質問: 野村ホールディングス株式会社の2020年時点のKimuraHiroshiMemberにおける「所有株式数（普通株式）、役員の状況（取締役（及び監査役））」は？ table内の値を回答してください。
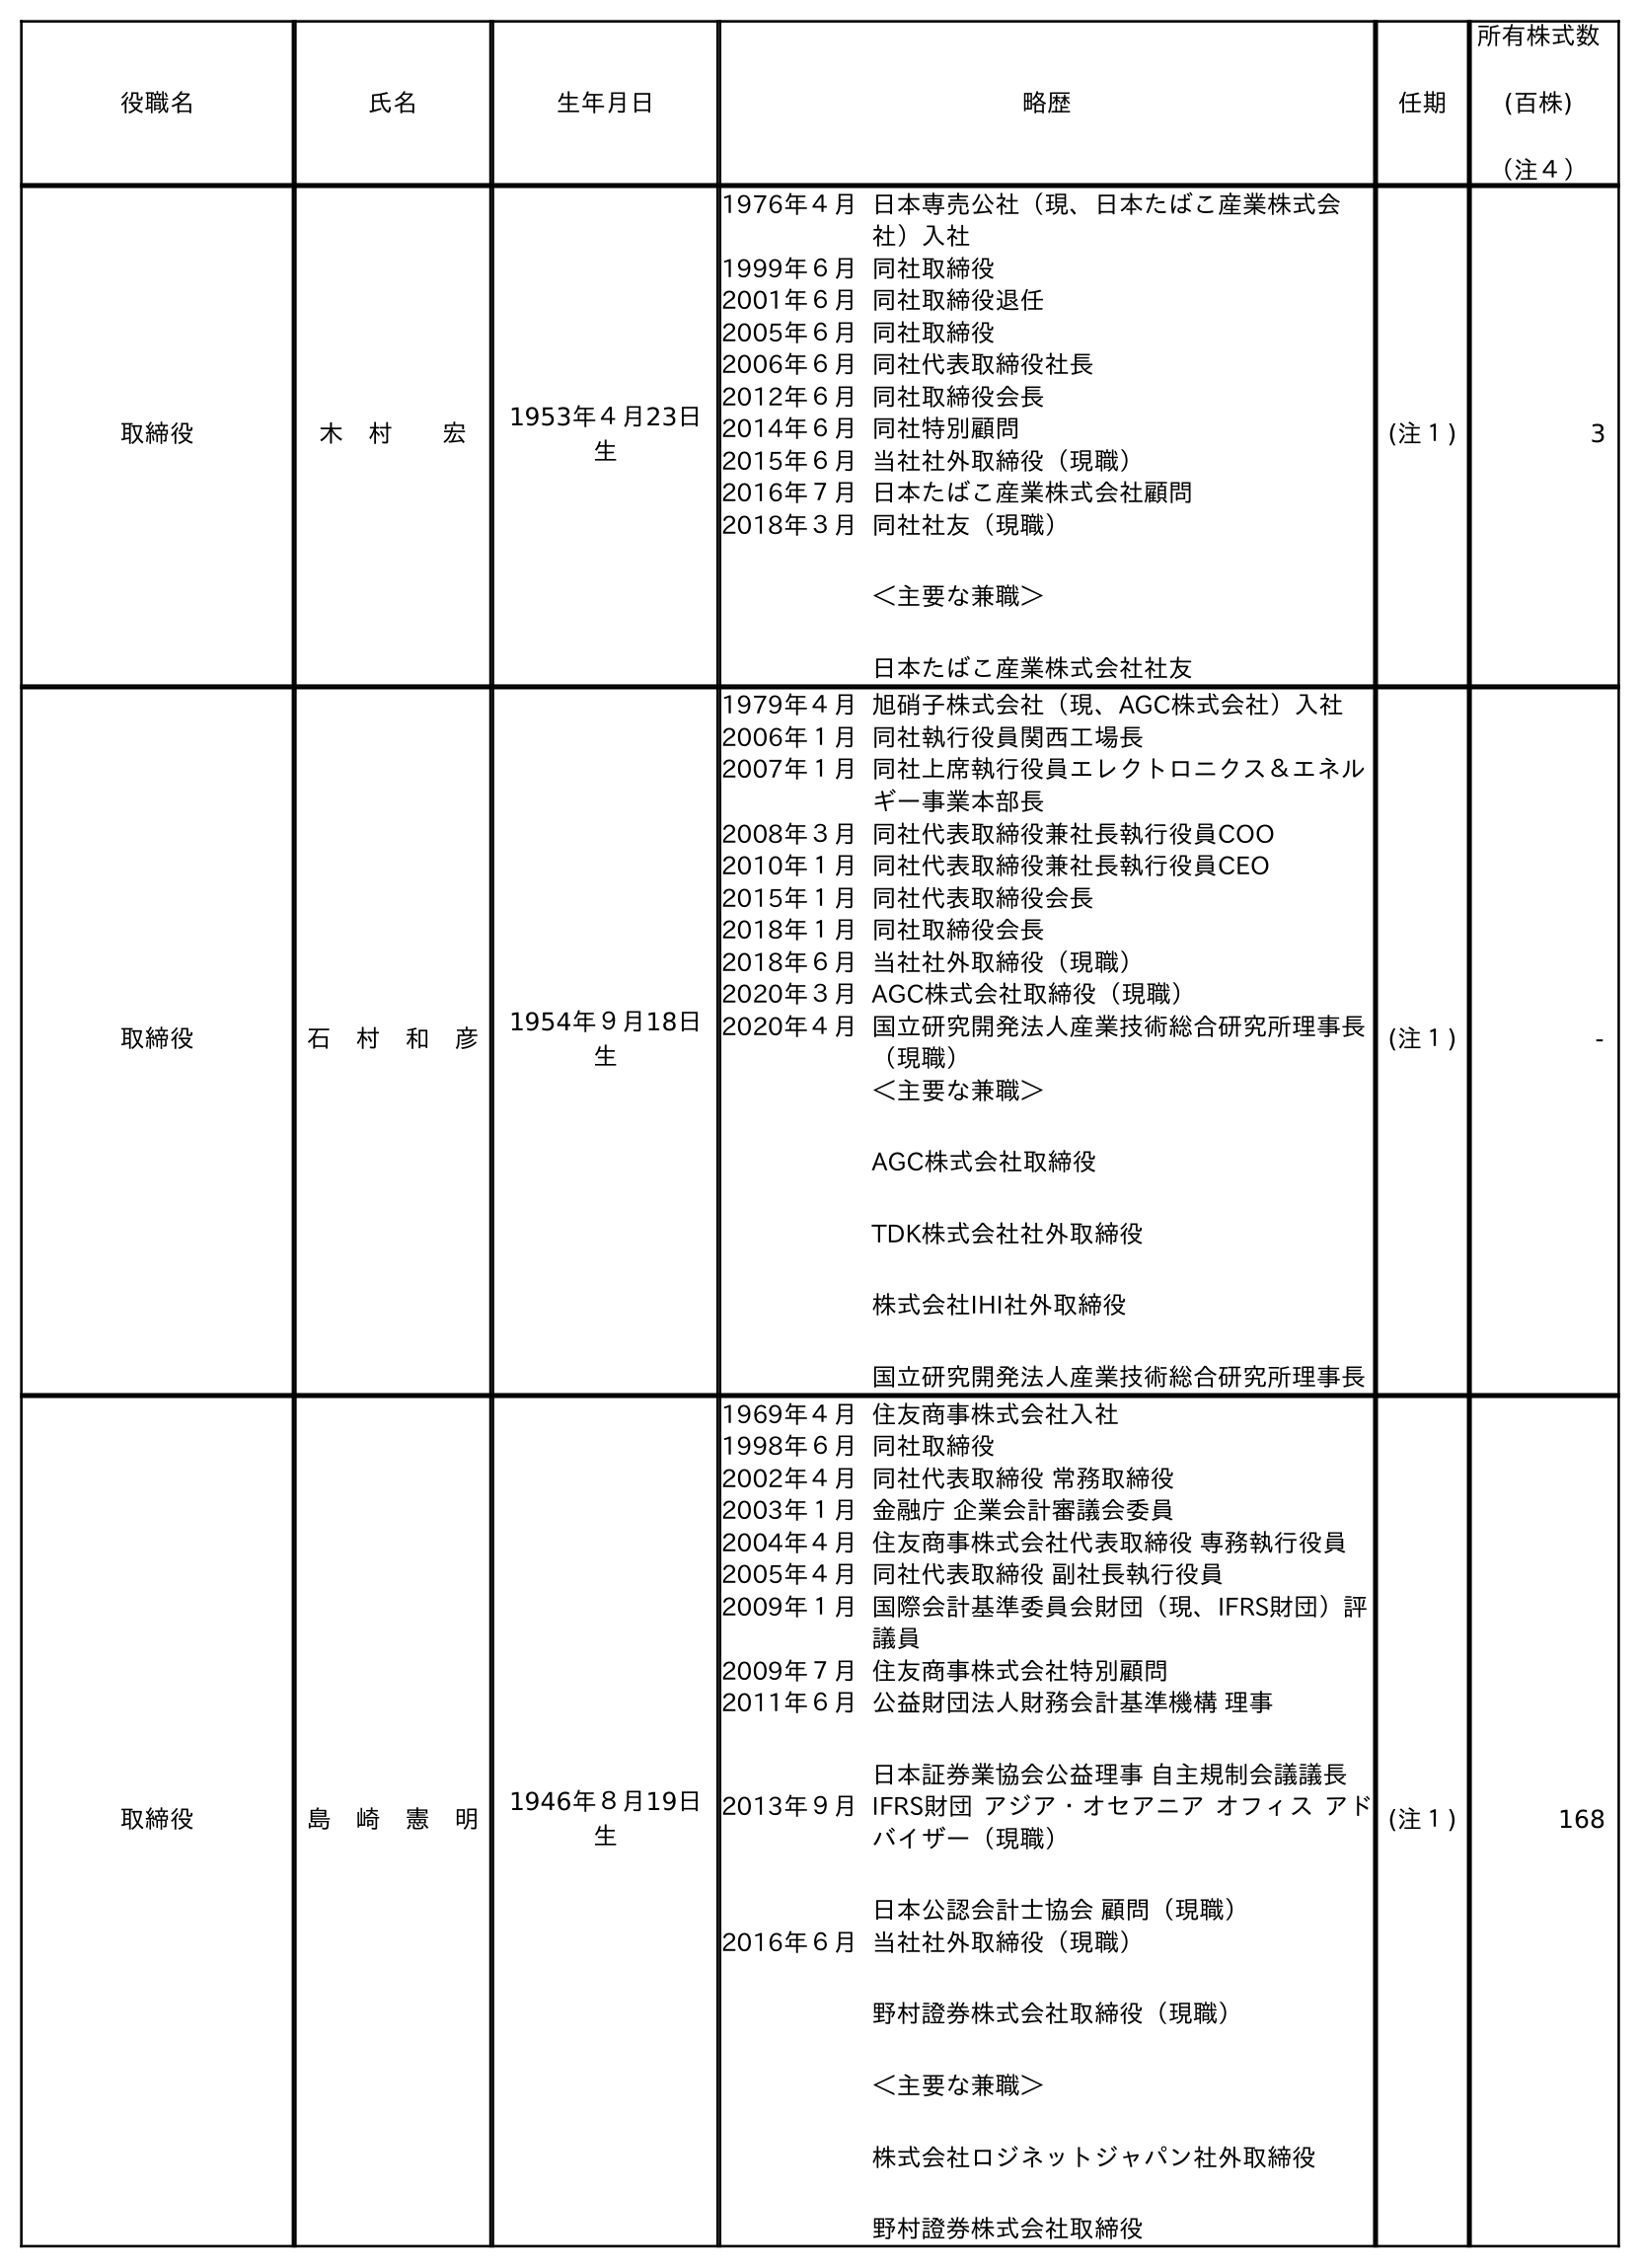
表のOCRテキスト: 役職名 氏名 生年月日 略歴 任期 所有株式数 (百株) （注４） 取締役 木 村  宏 1953年４月23日 生 1976年４月日本専売公社（現、日本たばこ産業株式会 社）入社 1999年６月同社取締役 2001年６月同社取締役退任 2005年６月同社取締役 2006年６月同社代表取締役社長 2012年６月同社取締役会長 2014年６月同社特別顧問 2015年６月当社社外取締役（現職） 2016年７月日本たばこ産業株式会社顧問 2018年３月同社社友（現職） ＜主要な兼職＞ 日本たばこ産業株式会社社友 (注１) 3 取締役 石 村 和 彦 1954年９月18日 生 1979年４月旭硝子株式会社（現、AGC株式会社）入社 2006年１月同社執行役員関西工場長 2007年１月同社上席執行役員エレクトロニクス＆エネル ギー事業本部長 2008年３月同社代表取締役兼社長執行役員COO 2010年１月同社代表取締役兼社長執行役員CEO 2015年１月同社代表取締役会長 2018年１月同社取締役会長 2018年６月当社社外取締役（現職） 2020年３月AGC株式会社取締役（現職） 2020年４月国立研究開発法人産業技術総合研究所理事長 （現職） ＜主要な兼職＞ AGC株式会社取締役 TDK株式会社社外取締役 株式会社IHI社外取締役 国立研究開発法人産業技術総合研究所理事長 (注１) - 取締役 島 崎 憲 明 1946年８月19日 生 1969年４月住友商事株式会社入社 1998年６月同社取締役 2002年４月同社代表取締役 常務取締役 2003年１月金融庁 企業会計審議会委員 2004年４月住友商事株式会社代表取締役 専務執行役員 2005年４月同社代表取締役 副社長執行役員 2009年１月国際会計基準委員会財団（現、IFRS財団）評 議員 2009年７月住友商事株式会社特別顧問 2011年６月公益財団法人財務会計基準機構 理事 日本証券業協会公益理事 自主規制会議議長 2013年９月IFRS財団 アジア・オセアニア オフィス アド バイザー（現職） 日本公認会計士協会 顧問（現職） 2016年６月当社社外取締役（現職） 野村證券株式会社取締役（現職） ＜主要な兼職＞ 株式会社ロジネットジャパン社外取締役 野村證券株式会社取締役 (注１) 168
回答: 3